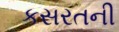
કસરતની